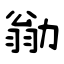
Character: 勜